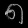
Digit: ၈